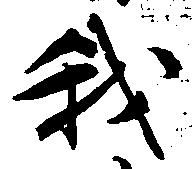
我